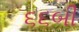
૬૬બી